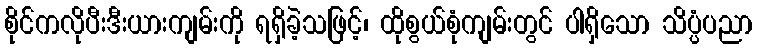
စိုင်ကလိုပီးဒီးယားကျမ်းကို ရရှိခဲ့သဖြင့်၊ ထိုစွယ်စုံကျမ်းတွင် ပါရှိသော သိပ္ပံပညာ